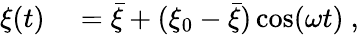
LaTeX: \begin{array}{rl}{\xi(t)}&{{}=\bar{\xi}+(\xi_{0}-\bar{\xi})\cos(\omega t)\ ,}\end{array}